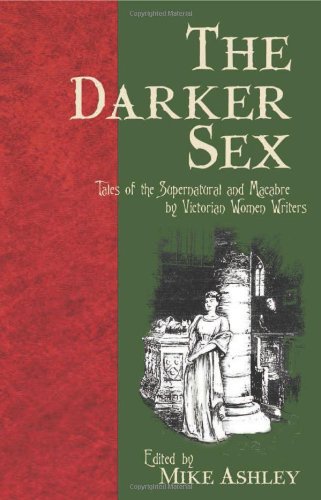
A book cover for The Darker Sex: Tales of the Supernatural and Macabre by Victorian Women Writers; Literature & Fiction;